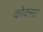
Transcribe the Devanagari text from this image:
कोक्सा